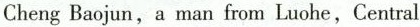
Cheng Baojun,a man from Luohe,Central